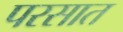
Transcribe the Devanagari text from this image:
परसात